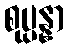
စုပ္ပန္နာ